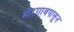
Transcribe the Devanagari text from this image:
मोरगावपासून